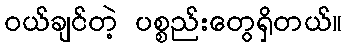
ဝယ်ချင်တဲ့ ပစ္စည်းတွေရှိတယ်။